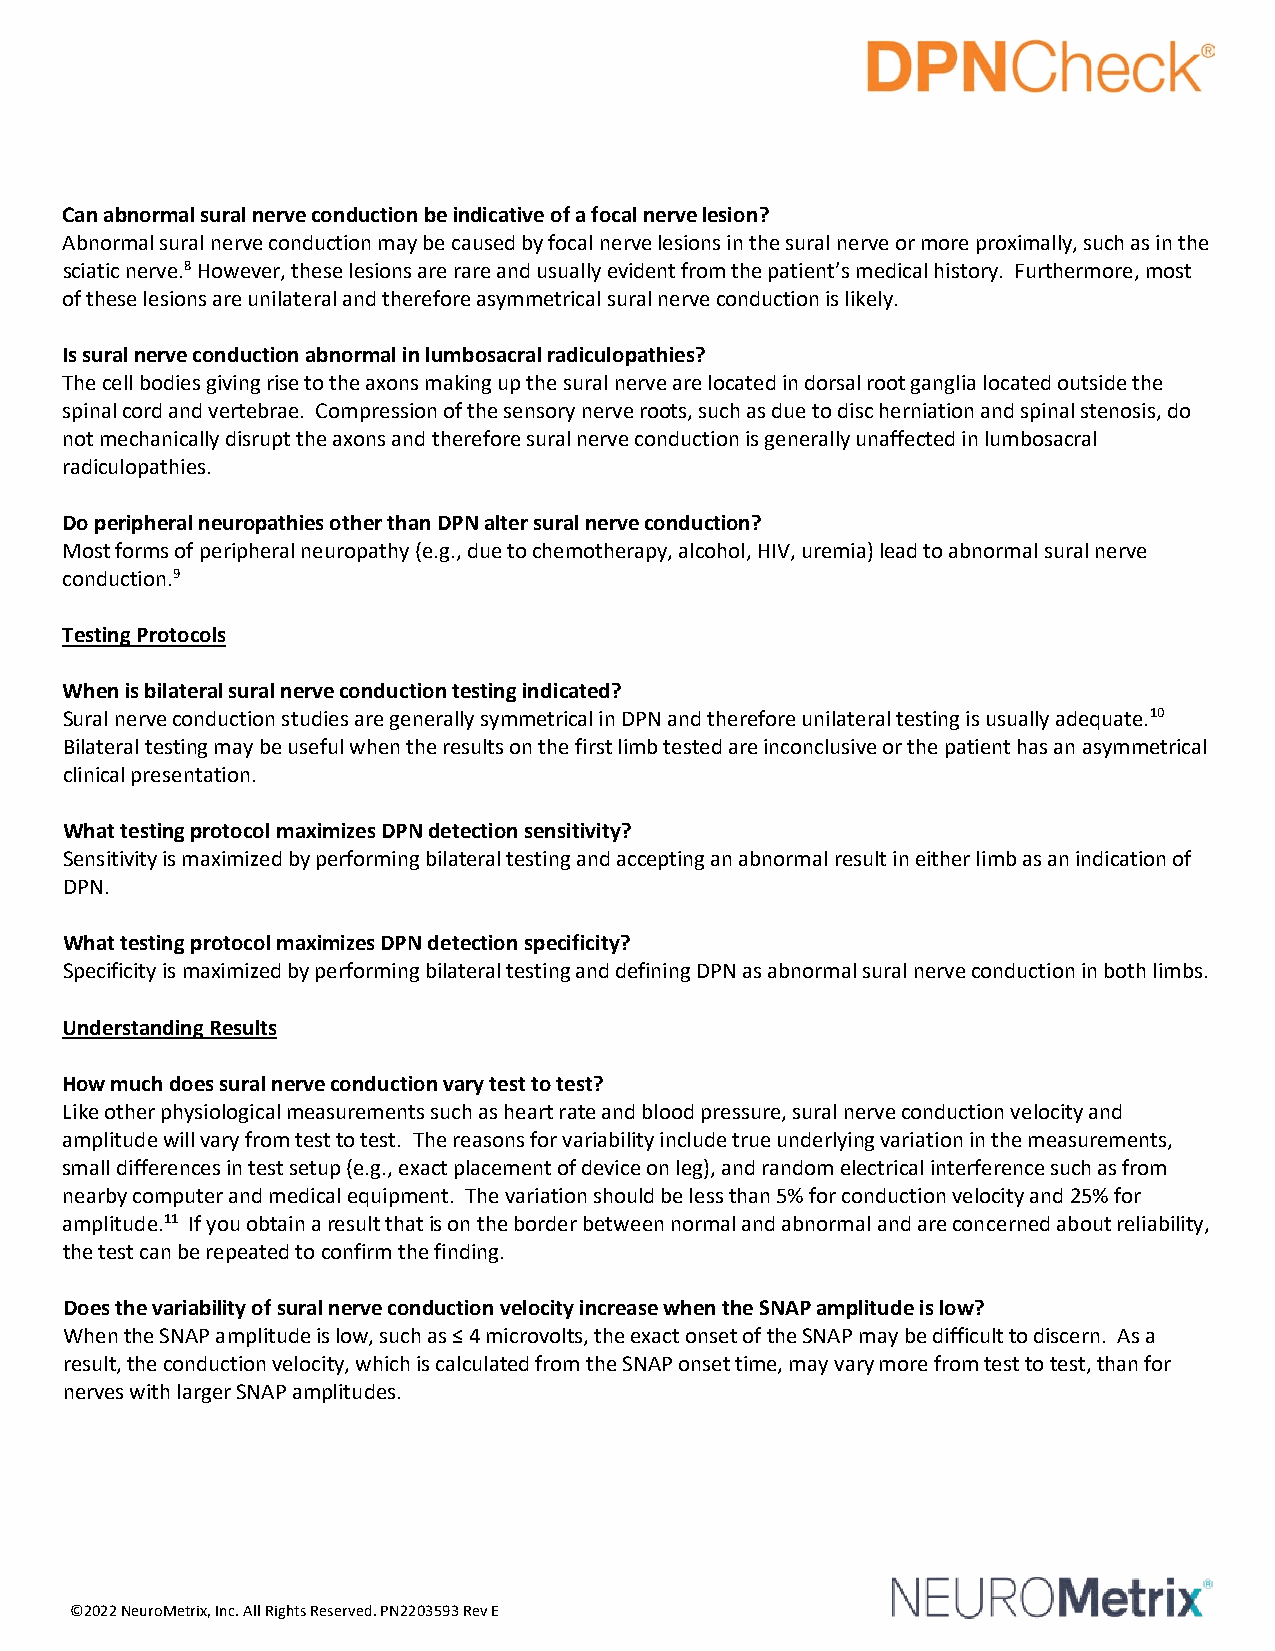
Can abnormal sural nerve conduction be indicative of a focal nerve lesion?
 Abnormal sural nerve conduction may be caused by focal nerve lesions in the sural nerve or more proximally, such as in the
 sciatic nerve.8 However, these lesions are rare and usually evident from the patient’s medical history. Furthermore, most
 of these lesions are unilateral and therefore asymmetrical sural nerve conduction is likely.
 Is sural nerve conduction abnormal in lumbosacral radiculopathies?
 The cell bodies giving rise to the axons making up the sural nerve are located in dorsal root ganglia located outside the
 spinal cord and vertebrae. Compression of the sensory nerve roots, such as due to disc herniation and spinal stenosis, do
 not mechanically disrupt the axons and therefore sural nerve conduction is generally unaffected in lumbosacral
 radiculopathies.
 Do peripheral neuropathies other than DPN alter sural nerve conduction?
 Most forms of peripheral neuropathy (e.g., due to chemotherapy, alcohol, HIV, uremia) lead to abnormal sural nerve
 conduction.9
 Testing Protocols
 When is bilateral sural nerve conduction testing indicated?
 Sural nerve conduction studies are generally symmetrical in DPN and therefore unilateral testing is usually adequate.10
 Bilateral testing may be useful when the results on the first limb tested are inconclusive or the patient has an asymmetrical
 clinical presentation.
 What testing protocol maximizes DPN detection sensitivity?
 Sensitivity is maximized by performing bilateral testing and accepting an abnormal result in either limb as an indication of
 DPN.
 What testing protocol maximizes DPN detection specificity?
 Specificity is maximized by performing bilateral testing and defining DPN as abnormal sural nerve conduction in both limbs.
 Understanding Results
 How much does sural nerve conduction vary test to test?
 Like other physiological measurements such as heart rate and blood pressure, sural nerve conduction velocity and
 amplitude will vary from test to test. The reasons for variability include true underlying variation in the measurements,
 small differences in test setup (e.g., exact placement of device on leg), and random electrical interference such as from
 nearby computer and medical equipment. The variation should be less than 5% for conduction velocity and 25% for
 amplitude.11 If you obtain a result that is on the border between normal and abnormal and are concerned about reliability,
 the test can be repeated to confirm the finding.
 Does the variability of sural nerve conduction velocity increase when the SNAP amplitude is low?
 When the SNAP amplitude is low, such as ≤ 4 microvolts, the exact onset of the SNAP may be difficult to discern. As a
 result, the conduction velocity, which is calculated from the SNAP onset time, may vary more from test to test, than for
 nerves with larger SNAP amplitudes.
 ©2022 NeuroMetrix, Inc. All Rights Reserved. PN2203593 Rev E